Medical and sanitary report of the native army of Madras for the year
Year: 1878
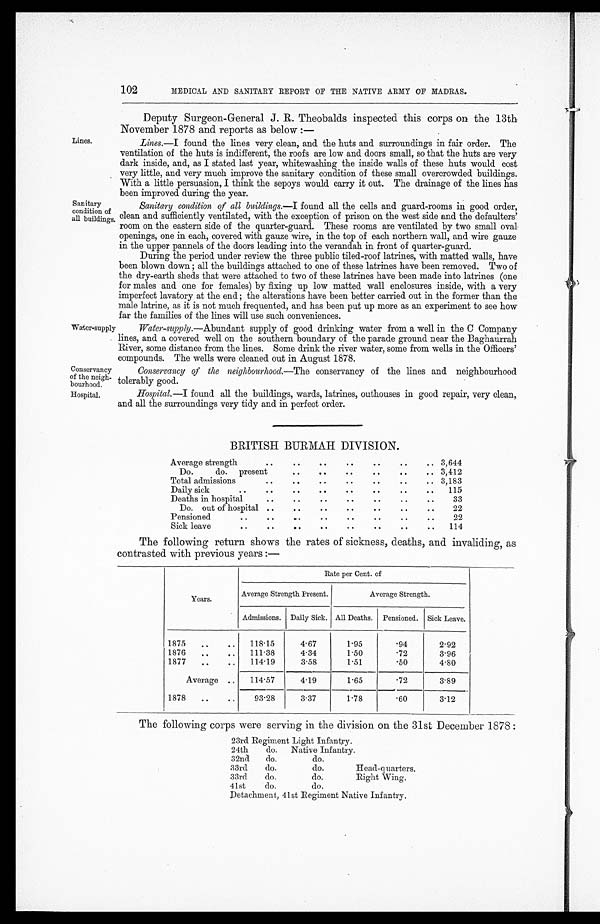
Conservancy
of the neigh
bourhood.
Hospital.
Lines.
Sanitary
condition of
all buildings
Water-supply
102
MEDICAL AND SANITARY REPORT OF THE NATIVE ARMY OF MADRAS .
Deputy Surgeon-General J. R. Theobalds inspected this corps on the 13th
November 1878 and reports as below :—
Lines.
— I
found the lines very clean, and the huts and surroundings in fair order. The
ventilation of the huts is indifferent, the roofs are low and doors small, so that the huts are very
dark inside, and, as I stated last year, whitewashing the inside walls of these huts would cost
very little, and very much improve the sanitary condition of these small overcrowded buildings.
With a little persuasion, I think the sepoys would carry it out. The drainage of the lines has
been improved during the year.
Sanitary condition of all buildings. —I found all the cells and guard-rooms in good order,
clean and sufficiently ventilated, with the exception of prison on the west side and the defaulters'
room on the eastern side of the quarter-guard. These rooms are ventilated by two small oval
openings, one in each, covered with gauze wire, in the top of each northern wall, and wire gauze
in the upper pannels of the doors leading into the verandah in front of quarter-guard.
During the period under review the three public tiled-roof latrines, with matted walls, have
been blown down ; all the buildings attached to one of these latrines have been removed. Two of
the dry-earth sheds that were attached to two of these latrines have been made into latrines (one
for males and one for females) by fixing up low matted wall enclosures inside, with a very
imperfect lavatory at the end ; the alterations have been better carried out in the former than the
male latrine, as it is not much frequented, and has been put up more as an experiment to see how
far the families of the lines will use such conveniences.
Water-supply. —Abundant supply of good drinking water from a well in the C Company
lines, and a covered well on the southern boundary of the parade ground near the Baghaurrah
River, some distance from the lines. Some drink the river water, some from wells in the Officers'
compounds. The wells were cleaned out in August 1878.
Conservancy of the neighbourhood. —The conservancy of the lines and neighbourhood
tolerably good.
Hospital. —I found all the buildings, wards, latrines, outhouses in good repair, very clean,
and all the surroundings very tidy and in perfect order.
BRITISH BURMAH DIVISION.
Average strength
. .
. .
. .
. .
. .
. .
. . 3,644
Do.
do. present
. .
. .
. .
. .
. .
. . 3,412
Total admissions
. .
. .
. .
. .
. .
. .
. . 3,183
Daily sick
..
. .
. .
. .
. .
. .
. .
. . 115
Deaths in hospital
. .
. .
. .
. .
. .
. .
. .
33
Do. out of hospital . .
. .
. .
. .
. .
. .
. .
22
Pensioned
..
. .
. .
. .
. .
. .
. .
. .
22
Sick leave
..
. .
. .
. .
. .
. .
. .
. . 114
The following return shows the rates of sickness, deaths, and invaliding, as
contrasted with previous years :—
Years.
Rate per Cent. of
Average Strength Present.
Average Strength.
Admissions. Daily Sick. All Deaths. Pensioned. Sick Leave.
1875
..
..
118.15
4.67
1.95
.94
2.92
1876
..
. .
111.38
4.34
1.50
.72
3.96
1877
..
..
114.19
3.58
1.51
.50
4.80
Average ..
114.57
4.19
1.65
.72
3.89
1878
..
..
93.28
3.37
1.78
.60
3.12
The following corps were serving in the division on the 31st December 1878 :
23rd Regiment Light Infantry.
24th
do.
Native Infantry.
32nd
do.
do.
33rd
do.
do.
Head-quarters.
33rd
do.
do.
Right Wing.
41st
do,
do.
Detachment, 41st Regiment Native Infantry.